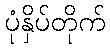
ပုံနှိပ်တိုက်